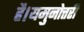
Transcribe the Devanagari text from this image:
है।यमुनोत्तरी